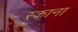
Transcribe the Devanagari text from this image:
स्काना